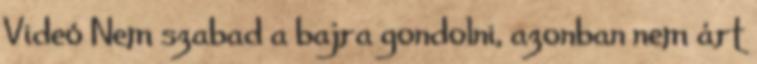
Videó Nem szabad a bajra gondolni, azonban nem árt